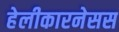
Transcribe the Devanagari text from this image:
हेलीकारनेसस